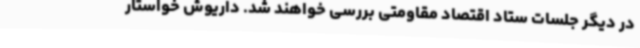
در دیگر جلسات ستاد اقتصاد مقاومتی بررسی خواهند شد. داریوش خواستار